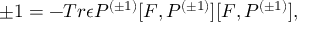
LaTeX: \pm 1 = - T r { \epsilon } P ^ { ( \pm 1 ) } [ F , P ^ { ( \pm 1 ) } ] [ F , P ^ { ( \pm 1 ) } ] ,